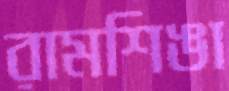
রামশিঙা